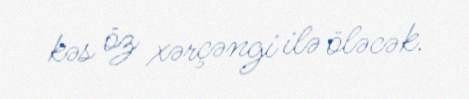
kəs öz xərçəngi ilə öləcək.